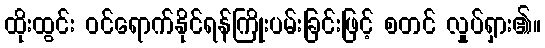
ထိုးထွင်း ဝင်ရောက်နိုင်ရန်ကြိုးပမ်းခြင်းဖြင့် စတင် လှုပ်ရှား၏။